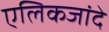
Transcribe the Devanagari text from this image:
एलिकजांदे